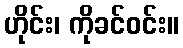
ဟိုင်း၊ ကိုခင်ဝင်း။